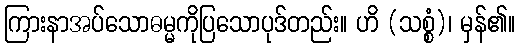
ကြားနာအပ်သောဓမ္မကိုပြသောပုဒ်တည်း။ ဟိ (သစ္စံ)၊ မှန်၏။